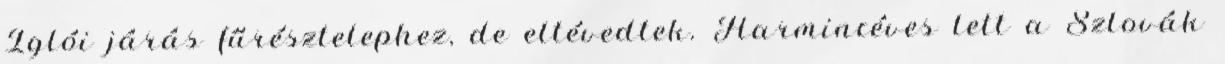
Iglói járás fűrésztelephez, de eltévedtek. Harmincéves lett a Szlovák